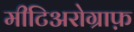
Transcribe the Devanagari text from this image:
मीटिअरोग्राफ़